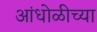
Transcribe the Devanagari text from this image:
आंधोळीच्या